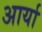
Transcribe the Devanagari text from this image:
अार्या